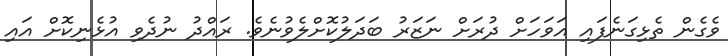
ވެގެން ތެޅިގަނެފައި އަވަހަށް ދުރަށް ނަޒަރު ބަދަލުކޮށްލެވުނެވެ. ރައްދު ނުދެވި އުޅެނިކޮށް އައި